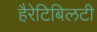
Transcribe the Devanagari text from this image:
हैरेटिबिलटी